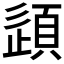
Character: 𫖠